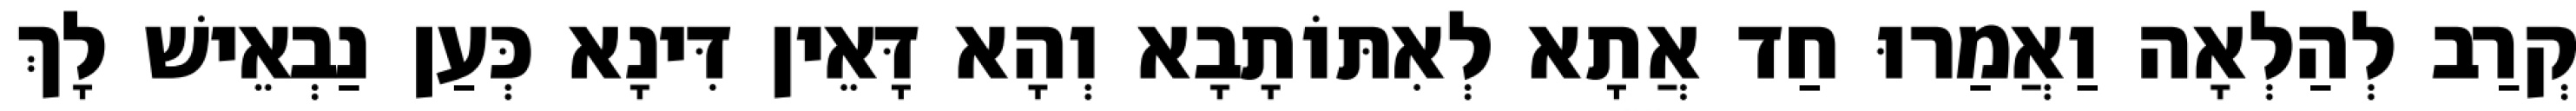
קְרַב לְהַלְאָה וַאֲמַרוּ חַד אֲתָא לְאִתּוֹתָבָא וְהָא דָּאֵין דִּינָא כְּעַן נַבְאֵישׁ לָךְ